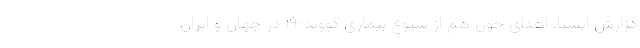
گزارش ایسنا، اهدای خون هم از شیوع بیماری کووید-۱۹ در جهان و ایران